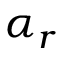
\alpha _ { r }